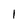
Character: 1